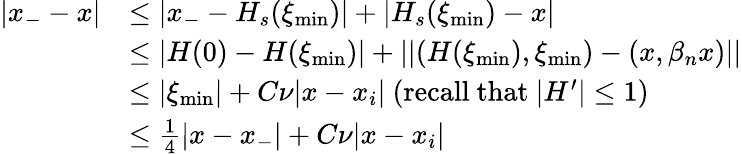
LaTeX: \begin{array}{rl}{|x_{-}-x|}&{\leq|x_{-}-H_{s}(\xi_{\operatorname*{min}})|+|H_{s}(\xi_{\operatorname*{min}})-x|}\\ &{\leq|H(0)-H(\xi_{\operatorname*{min}})|+||(H(\xi_{\operatorname*{min}}),\xi_{\operatorname*{min}})-(x,\beta_{n}x)||}\\ &{\leq|\xi_{\operatorname*{min}}|+C\nu|x-x_{i}|\mathrm{~(recall~that~}|H^{\prime}|\leq 1)}\\ &{\leq\frac{1}{4}|x-x_{-}|+C\nu|x-x_{i}|}\end{array}